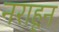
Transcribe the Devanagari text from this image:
नराहून